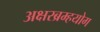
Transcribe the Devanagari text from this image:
अक्षरब्रम्हयोग